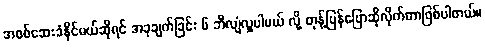
အစစ်ဆေးခံနိုင်မယ်ဆိုရင် အခုချက်ခြင်း ၆ ဘီလျံလှူပါမယ် လို့ တုန့်ပြန်ပြောဆိုလိုက်တာဖြစ်ပါတယ်။